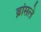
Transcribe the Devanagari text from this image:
ब्रांसले